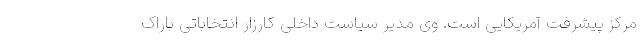
مرکز پیشرفت آمریکایی است. وی مدیر سیاست داخلی کارزار انتخاباتی باراک